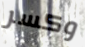
وكسر